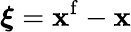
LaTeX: \boldsymbol\xi={\mathbf x}^{\mathrm{f}}-{\mathbf x}